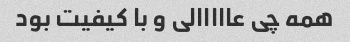
همه چی عااااالی و با کیفیت بود